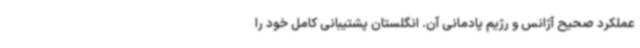
عملکرد صحیح آژانس و رژیم پادمانی آن. انگلستان پشتیبانی کامل خود را